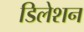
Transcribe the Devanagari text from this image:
डिलेशन